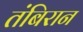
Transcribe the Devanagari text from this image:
तंबिरान